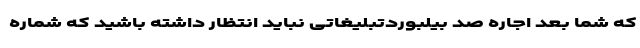
که شما بعد اجاره صد بیلبوردتبلیغاتی نباید انتظار داشته باشید که شماره